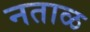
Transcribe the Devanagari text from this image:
नताळ